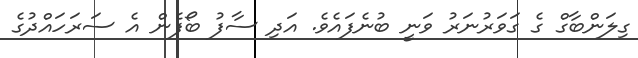
ގިލަންބާގް ގެ ގަވަރުނަރު ވަނީ ބުނެފައެވެ. އަދި ސާފު ބޯފެން އެ ސަރަހައްދުގެ